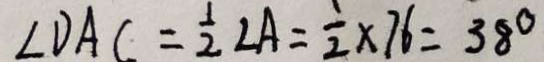
\angle D A C = \frac { 1 } { 2 } \angle A = \frac { 1 } { 2 } \times 7 6 = 3 8 ^ { \circ }